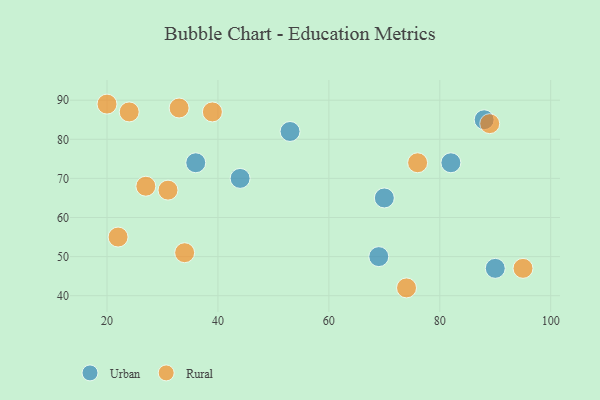
{"axis": {"x": "GDP", "y": "Life Expectancy"}, "legend": ["Rural", "Urban"], "data": [{"x": "36", "y": 74, "type": "Urban"}, {"x": "69", "y": 50, "type": "Urban"}, {"x": "53", "y": 82, "type": "Urban"}, {"x": "82", "y": 74, "type": "Urban"}, {"x": "90", "y": 47, "type": "Urban"}, {"x": "44", "y": 70, "type": "Urban"}, {"x": "88", "y": 85, "type": "Urban"}, {"x": "70", "y": 65, "type": "Urban"}, {"x": "24", "y": 87, "type": "Rural"}, {"x": "95", "y": 47, "type": "Rural"}, {"x": "27", "y": 68, "type": "Rural"}, {"x": "39", "y": 87, "type": "Rural"}, {"x": "20", "y": 89, "type": "Rural"}, {"x": "33", "y": 88, "type": "Rural"}, {"x": "89", "y": 84, "type": "Rural"}, {"x": "74", "y": 42, "type": "Rural"}, {"x": "34", "y": 51, "type": "Rural"}, {"x": "76", "y": 74, "type": "Rural"}, {"x": "22", "y": 55, "type": "Rural"}, {"x": "31", "y": 67, "type": "Rural"}]}